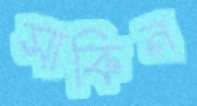
সাকিন